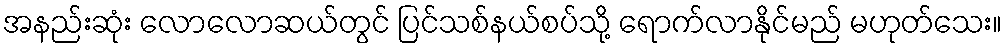
အနည်းဆုံး လောလောဆယ်တွင် ပြင်သစ်နယ်စပ်သို့ ရောက်လာနိုင်မည် မဟုတ်သေး။